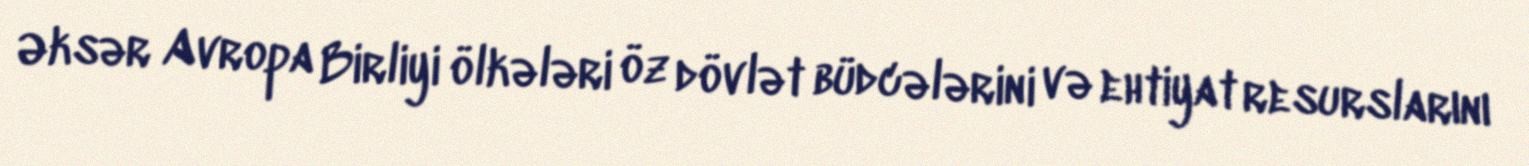
Əksər Avropa Birliyi ölkələri öz dövlət büdcələrini və ehtiyat resurslarını